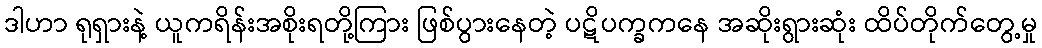
ဒါဟာ ရုရှားနဲ့ ယူကရိန်းအစိုးရတို့ကြား ဖြစ်ပွားနေတဲ့ ပဋိပက္ခကနေ အဆိုးရွားဆုံး ထိပ်တိုက်တွေ့မှု